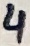
Text: 4